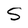
Character: S